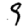
Digit: 9